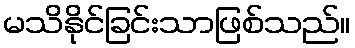
မသိနိုင်ခြင်းသာဖြစ်သည်။